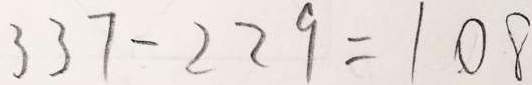
3 3 7 - 2 2 9 = 1 0 8